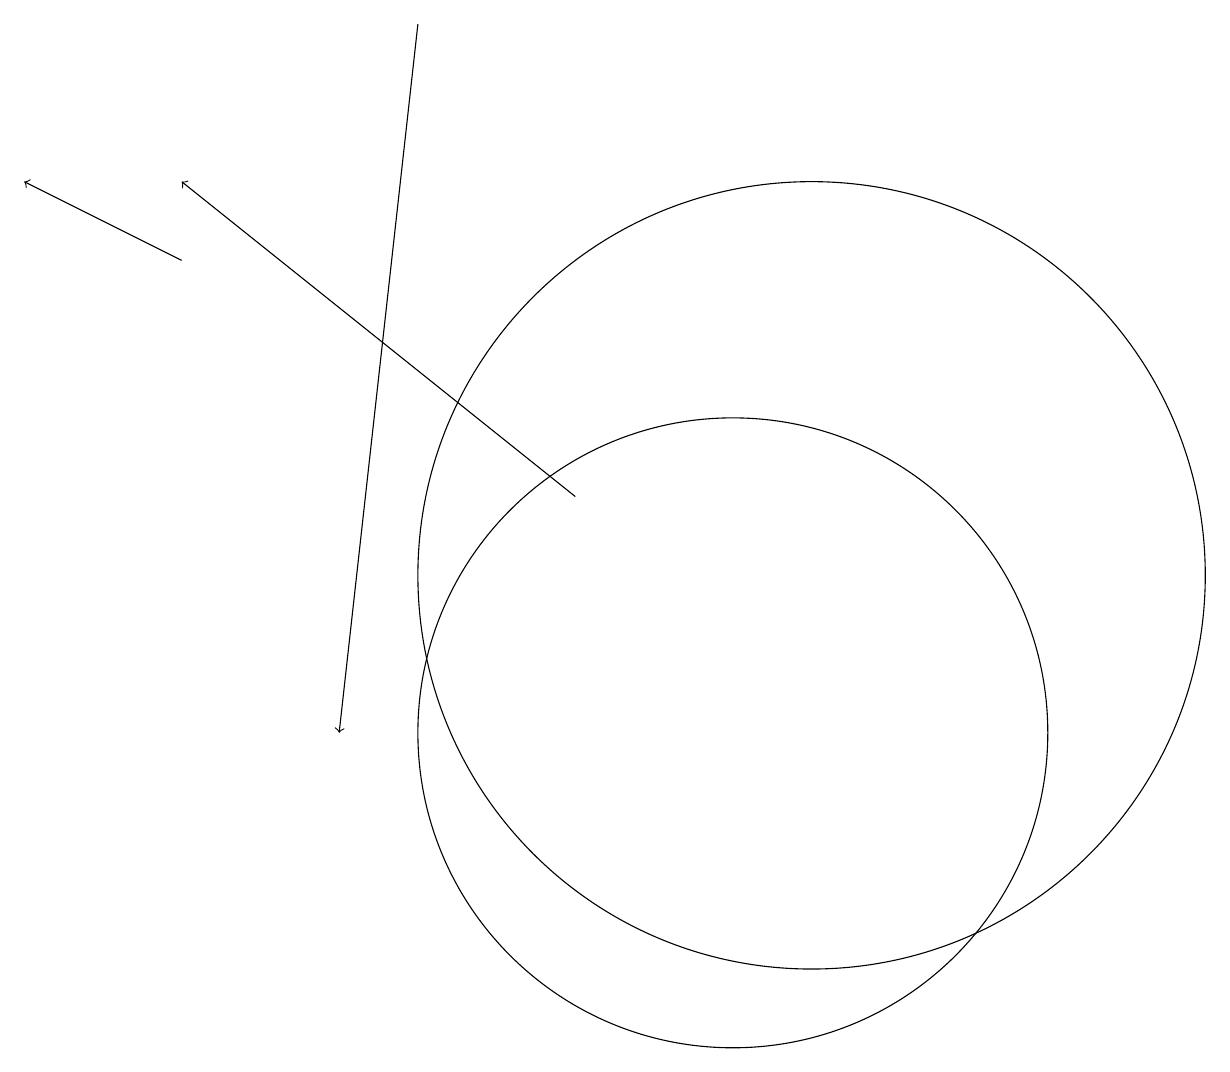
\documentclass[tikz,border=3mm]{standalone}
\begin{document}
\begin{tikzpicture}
\draw (10,10) circle (4);
\draw[->] (6,19) -- (5,10);
\draw (11,12) circle (5);
\draw[->] (3,16) -- (1,17);
\draw[->] (8,13) -- (3,17);
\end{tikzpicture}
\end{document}